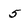
Character: 5